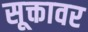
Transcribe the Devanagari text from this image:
सूक्तावर